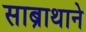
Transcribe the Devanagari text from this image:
साब्राथाने